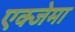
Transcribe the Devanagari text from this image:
एक्जेमा